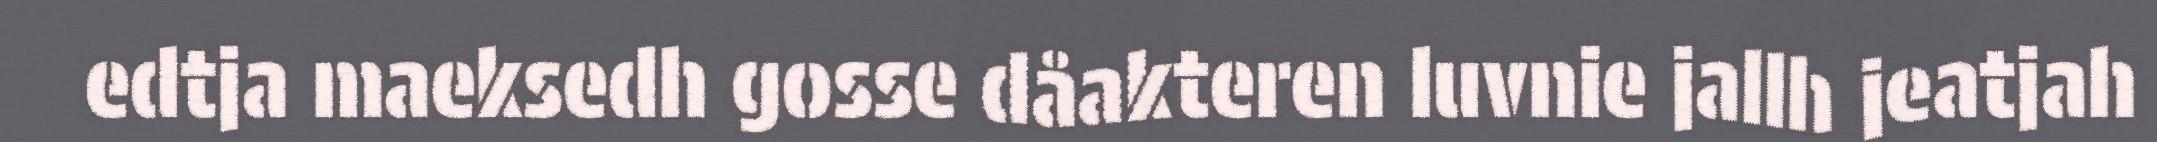
edtja maeksedh gosse dåakteren luvnie jallh jeatjah